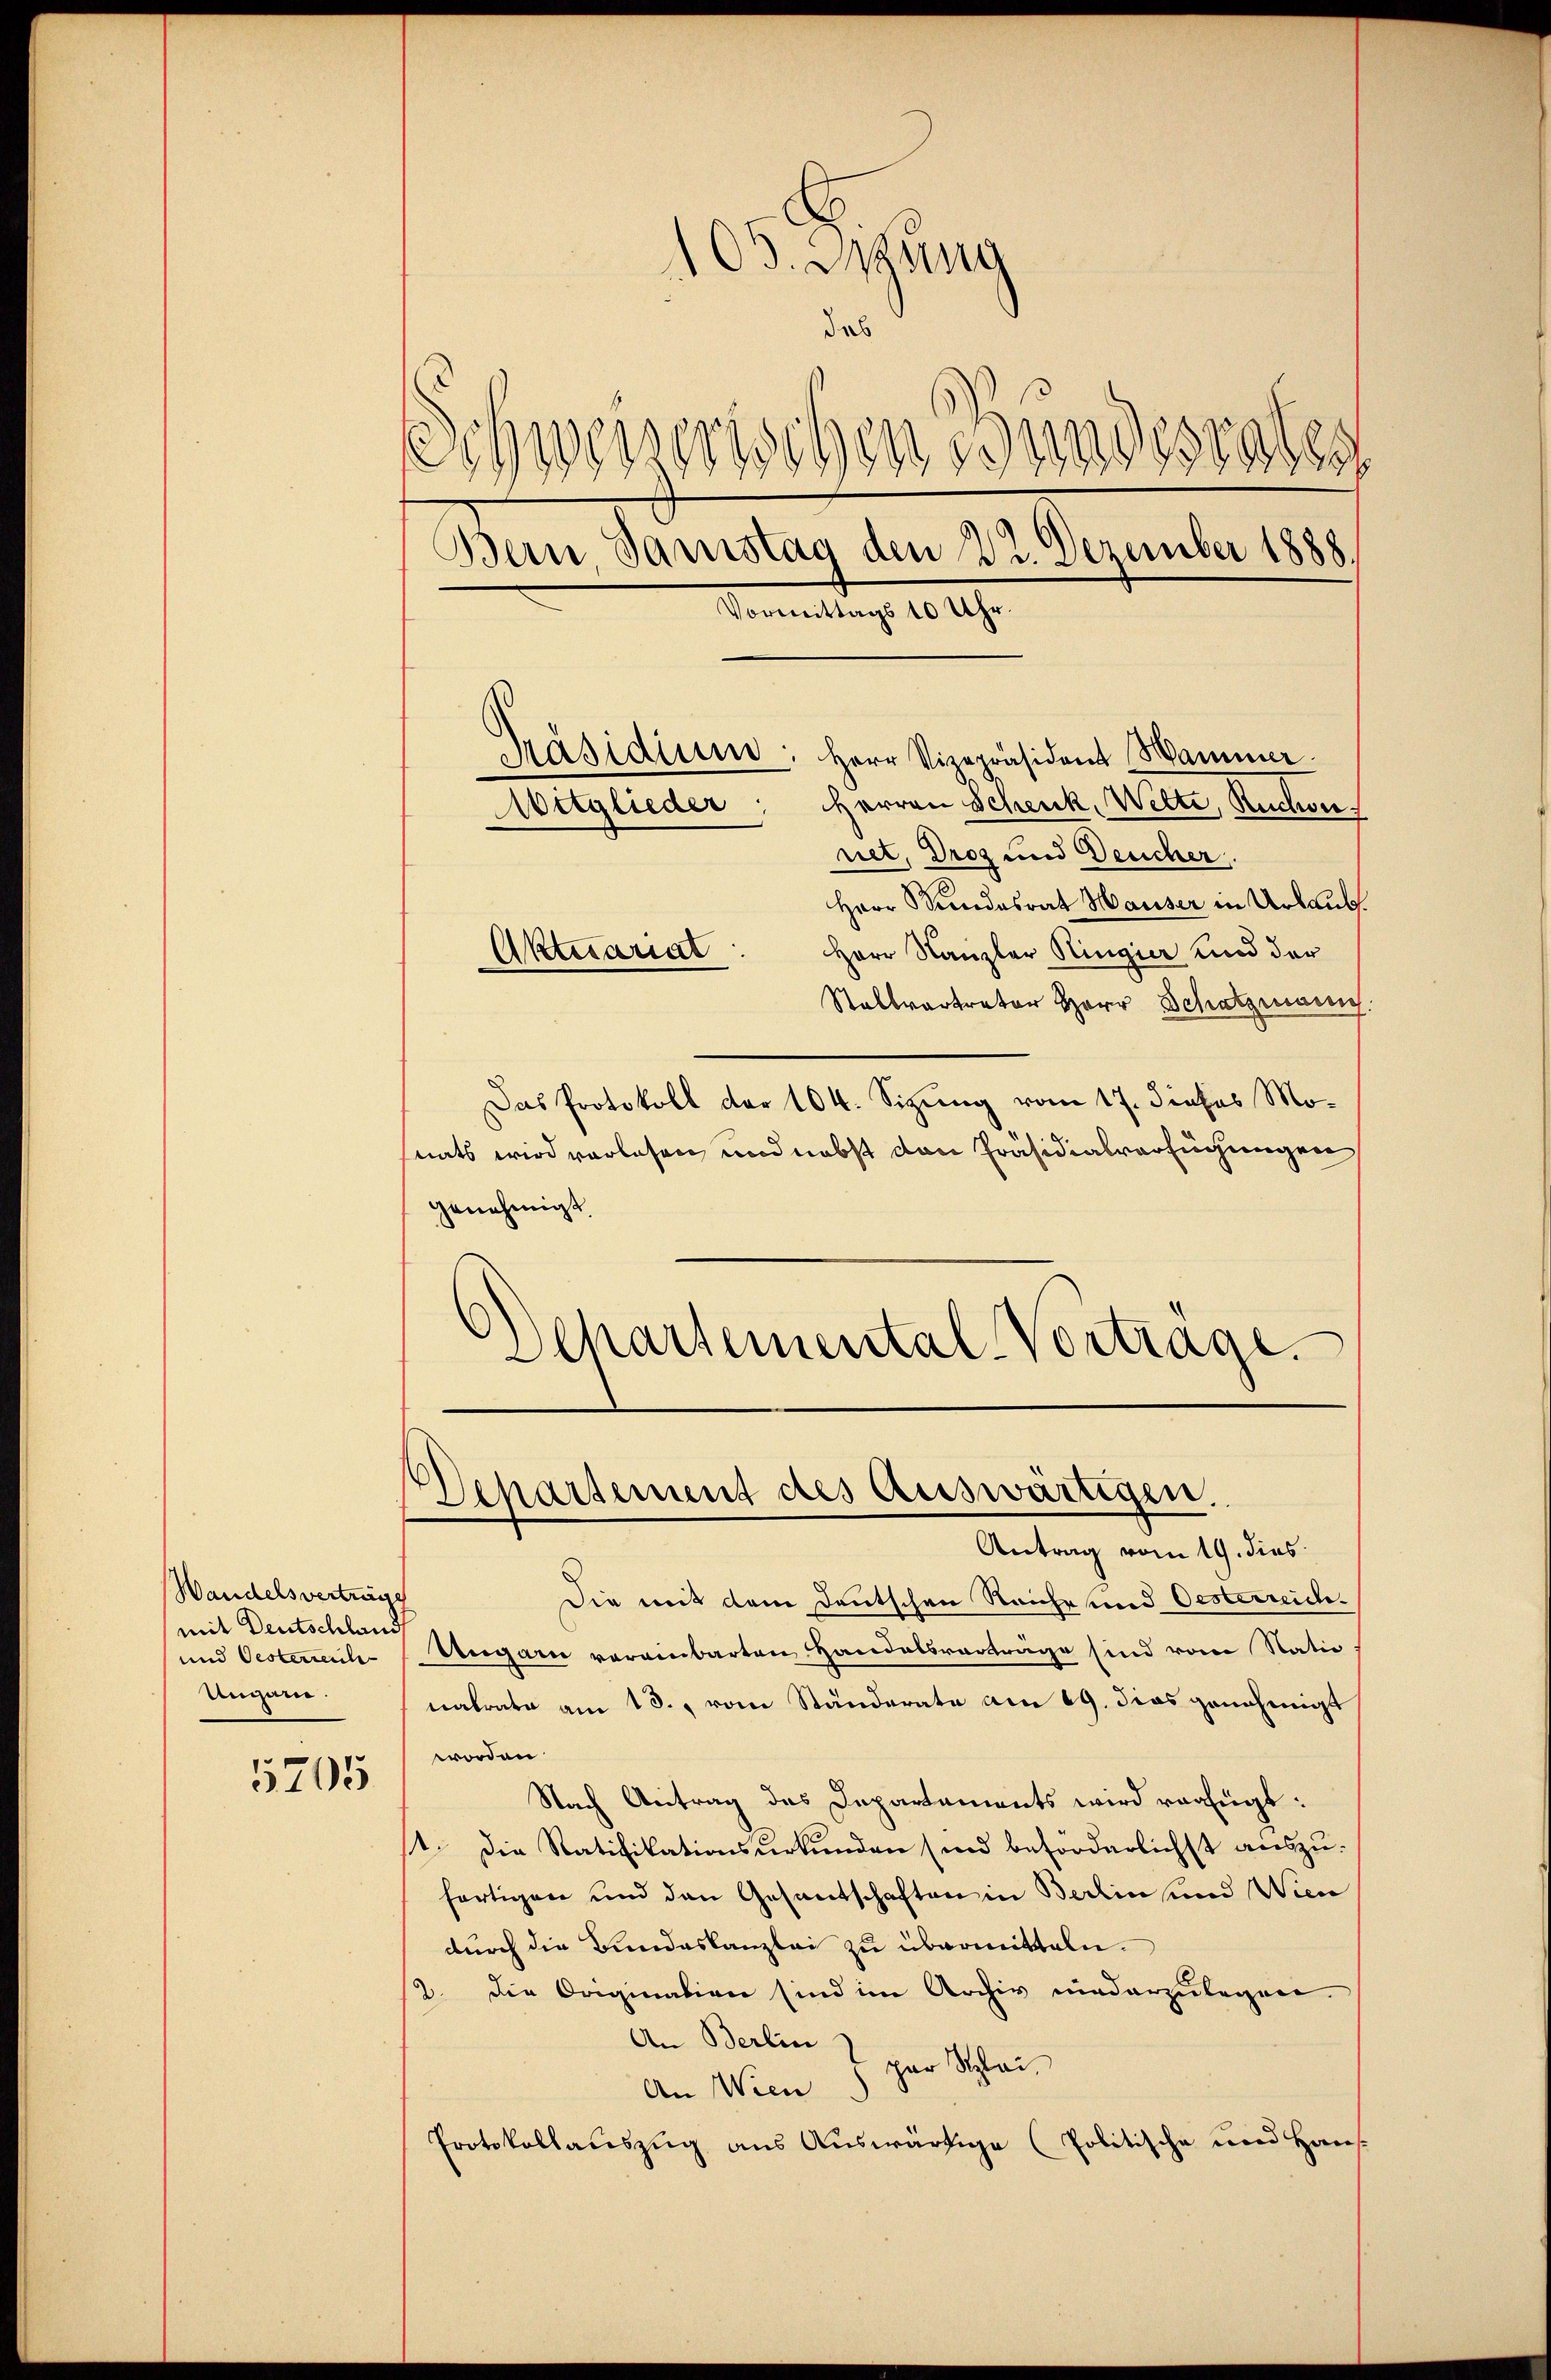
Wandelsverträge
mit Deutschland
und Oesterreich
Umhan

5705

.
Bern, Samstag den 22. Dezember 1888.
Vormittags 10 Uhr.
Präsidium: Herr Vizepräsident Hammer
Aitglieder: Herren Schenk, Wette, Ruchen
net, Droz und Deucher,
Herr Stundesrat Hauser in Urlaub.
Herr Kanzler Ringier und der
Aktuariat
Stallvertreter Herr Schatzmann
Das Protokoll der 104. Sizung vom 17. dieses Monats wird vorlesen und nebst den Präsidialverfügungen
genehmigt
Departemental-Vortrage.

105. Mang
das
essenerischen Bundesraten

Die mit dem Deutschen Reiche und Oesterreich-
Ungarn vereinbarten Handelsvorträge sind von Natio
natrato am 13. vom Ständerate am 19. dies genehmigt
worden
Nach Antrag des Departements wird verfügt:
st. Die Ratifikationsurkunden sind beförderlichst auszu-
fertigen und den Gesandschaften in Berein und Wien
durch die Bundeskanzlei zu übermitteln.
12. Die Origination sind im Archiv niederzulegen.
An Berlin
par Schlei
An Wien
Protokollauszug aus Auswärtige (Politische und Haus-

Departement des Auswärtigen.
Antrag vom 19. dies